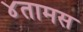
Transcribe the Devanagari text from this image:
४तामस